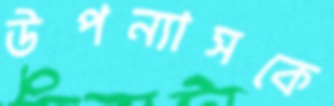
উপন্যাসকে